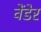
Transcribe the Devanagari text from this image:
वेंडेर